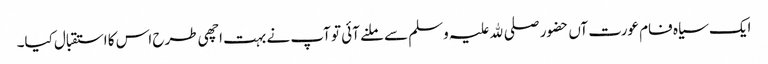
ایک سیاہ فام عورت آں حضور صلی ﷲ علیہ وسلم سے ملنے آئی تو آپ نے بہت اچھی طرح اس کا استقبال کیا۔